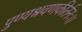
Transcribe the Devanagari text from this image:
पुण्यश्रवणकीर्तनः।।